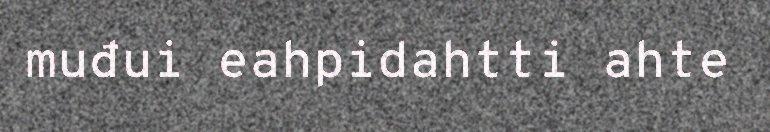
muđui eahpidahtti ahte